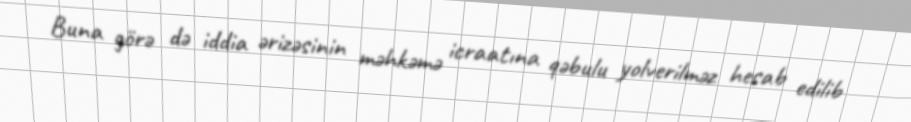
Buna görə də iddia ərizəsinin məhkəmə icraatına qəbulu yolverilməz hesab edilib